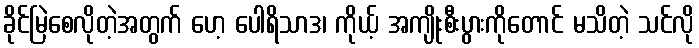
ခိုင်မြဲစေလိုတဲ့အတွက် ဟေ့ ပေါရိသာဒ၊ ကိုယ့် အကျိုးစီးပွားကိုတောင် မသိတဲ့ သင်လို